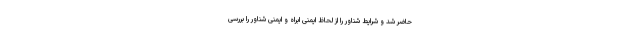
حاضر شد و شرایط شناور را از لحاظ ایمنی ابراه و ایمنی شناور را بررسی